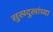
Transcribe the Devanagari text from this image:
सुखदुखांच्या